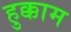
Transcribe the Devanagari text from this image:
हुक्काम